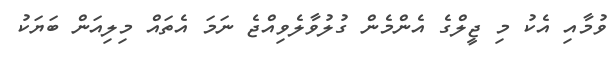
ވުމާއި އެކު މި ޖީލްގެ އެންމެން ގުލުވާލެވިއްޖެ ނަމަ އެތައް މިލިއަން ބަޔަކު